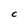
Character: C